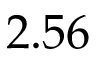
2 . 5 6